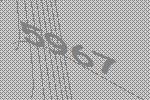
5967